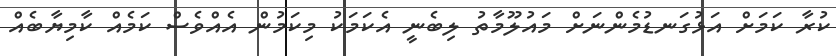
ކުރާ ކަމަށް އަޅުގަނޑުމެންނަށް މައުލޫމާތު ލިބެނީ އެކަމަކު މިކަމުން އެއްވެސް ކަމެއް ކާމިޔާބެއް